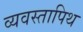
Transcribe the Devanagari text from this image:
व्यवस्तापिथ